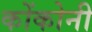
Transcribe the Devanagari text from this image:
कोंकोनी